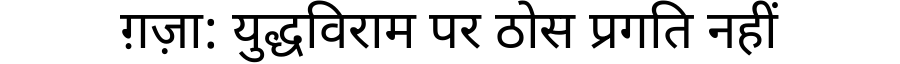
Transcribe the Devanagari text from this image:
ग़ज़ा: युद्धविराम पर ठोस प्रगति नहीं